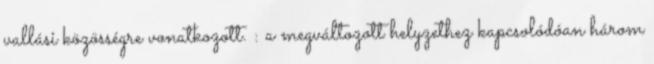
vallási közösségre vonatkozott. : a megváltozott helyzethez kapcsolódóan három